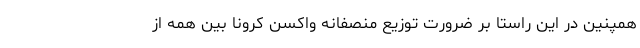
همپنین در این راستا بر ضرورت توزیع منصفانه واکسن کرونا بین همه از